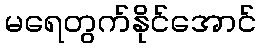
မရေတွက်နိုင်အောင်